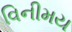
વિનીમય